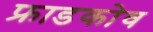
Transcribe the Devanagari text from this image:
फ्राडकोव